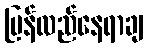
ပြန်လည်နေရာချ